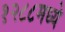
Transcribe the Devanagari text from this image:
१२८८मध्ये